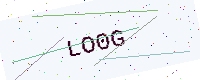
Text: LO0G